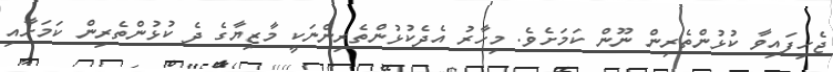
ޖެހިފައިވާ ކުޅުންތެރިން ނޫން ކަމަށެވެ. މިހާރު އެދެކުޅުންތެރިންނަކީ މާޒިޔާގެ ދެ ކުޅުންތެރިން ކަމަށާއި